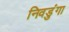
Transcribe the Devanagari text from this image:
निवडुंगा